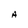
Character: A